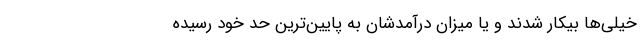
خیلی‌ها بیکار شدند و یا میزان درآمدشان به پایین‌ترین حد خود رسیده